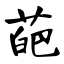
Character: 葩